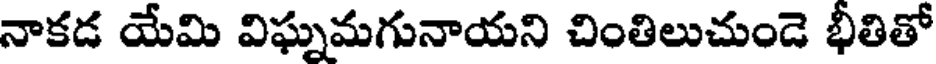
నాకడ యేమి విఘ్నమగునాయని చింతిలుచుండె భీతితో